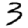
Digit: 3